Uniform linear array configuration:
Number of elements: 64
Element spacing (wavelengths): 0.5
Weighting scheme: hann
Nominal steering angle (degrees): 30
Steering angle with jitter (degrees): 31.01
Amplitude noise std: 0.05
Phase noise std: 0.05

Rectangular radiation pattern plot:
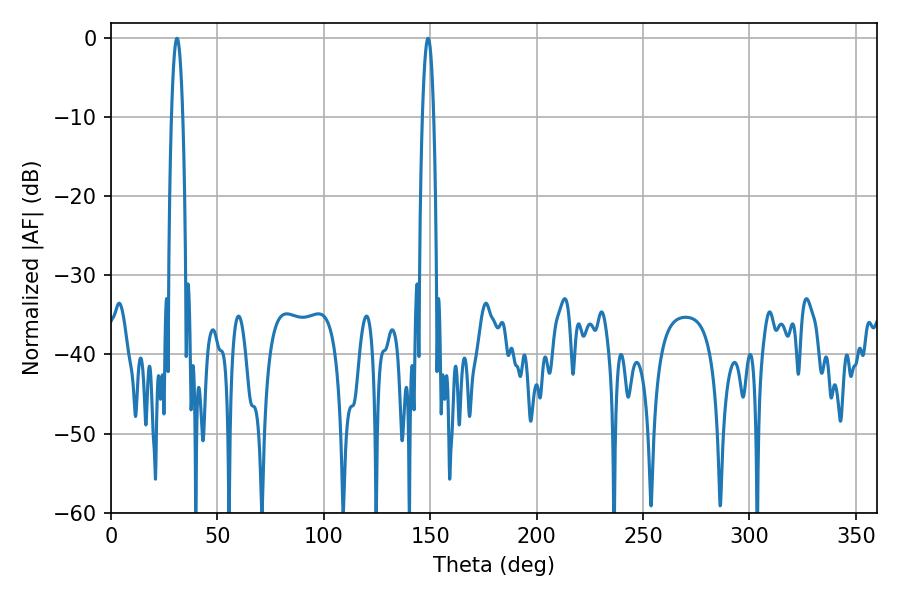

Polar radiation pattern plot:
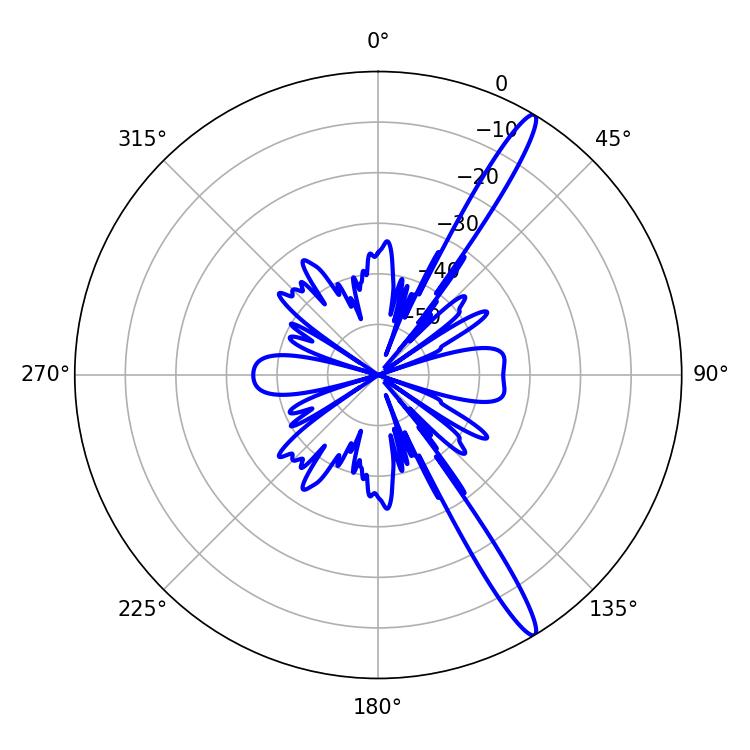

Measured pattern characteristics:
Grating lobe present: FALSE
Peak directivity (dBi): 15.421
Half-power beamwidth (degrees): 2.88
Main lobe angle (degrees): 30.96